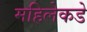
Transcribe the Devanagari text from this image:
महिलेकडे